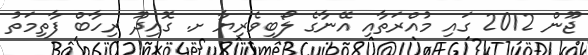
ޖޫން 2012 ގައި މުއްރަތާއި އޭނާގެ ލޯބިވެރިޔާ ށ. ގޮއިދޫ ރިހާބް ފާތިމަތު